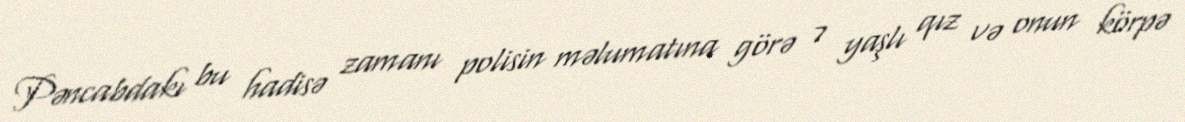
Pəncabdakı bu hadisə zamanı polisin məlumatına görə 7 yaşlı qız və onun körpə